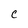
Character: C